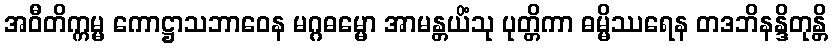
အဝီတိက္ကမ္မ ကောဋ္ဌာသဘာဝေန မဂ္ဂဓမ္မော အာမန္တယိံသု ပုတ္တိကာ ဓမ္မိဿရေန တဒဘိနန္ဒိတုန္တိ